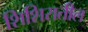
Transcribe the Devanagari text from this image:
शिशिरातील